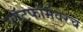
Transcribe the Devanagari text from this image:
प्लॅटफॉर्मवरचं